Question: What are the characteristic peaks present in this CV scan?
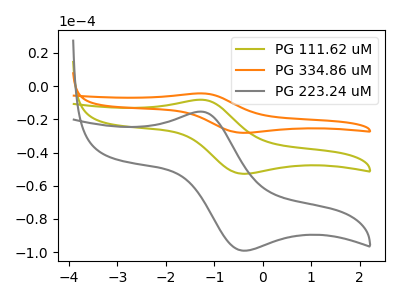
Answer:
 <answer>The olive curve "PG 111.62 uM" has an anodic peak at (-1.25V, -8.20uA) and a cathodic peak at (-0.40V, -52.80uA). The orange curve "PG 334.86 uM" has an anodic peak at (-1.25V, -16.35uA) and a cathodic peak at (-0.40V, -105.55uA). The gray curve "PG 223.24 uM" has an anodic peak at (-1.25V, -15.35uA) and a cathodic peak at (-0.40V, -99.10uA).</answer>
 <eval></eval>